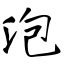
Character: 泡